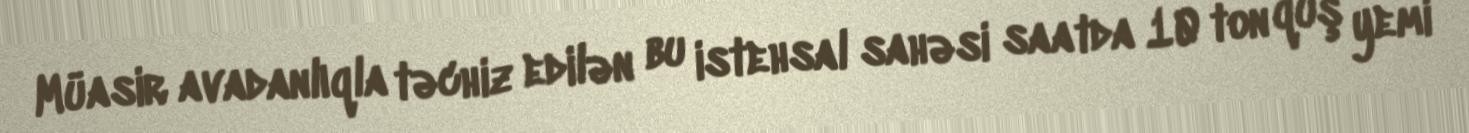
Müasir avadanlıqla təchiz edilən bu istehsal sahəsi saatda 10 ton quş yemi